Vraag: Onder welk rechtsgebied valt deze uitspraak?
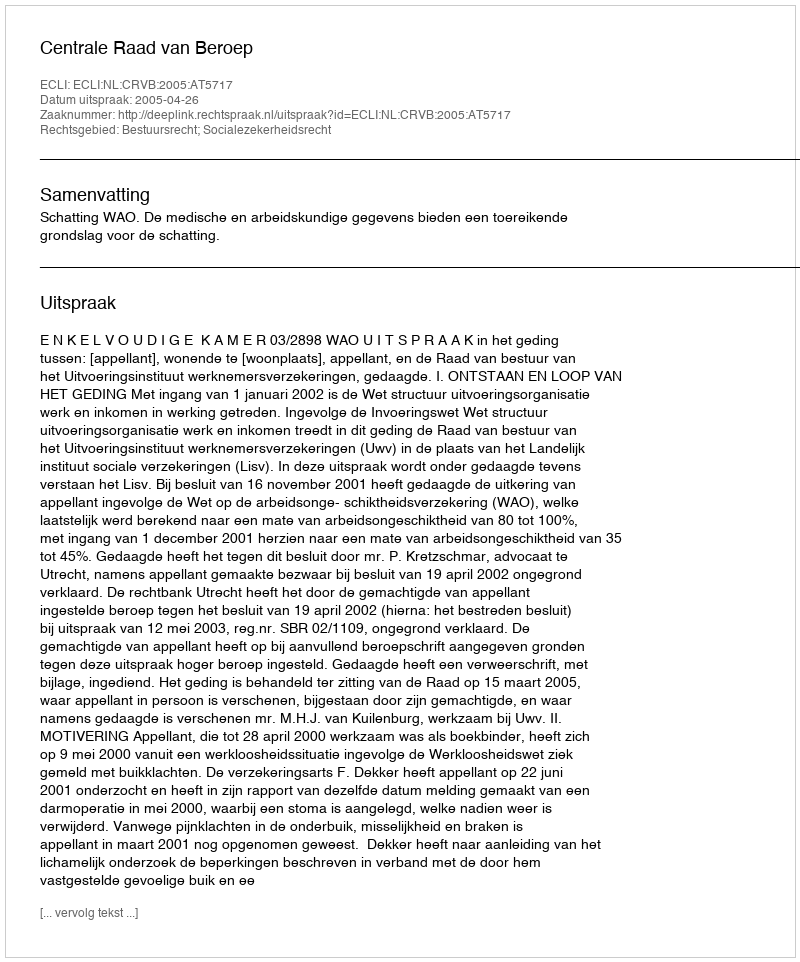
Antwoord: Bestuursrecht; Socialezekerheidsrecht